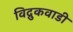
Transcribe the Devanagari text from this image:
विद्रुकवाडी